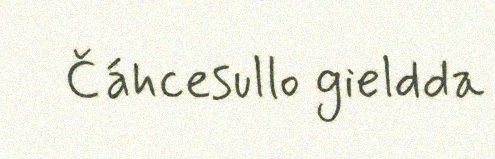
Čáhcesullo gieldda